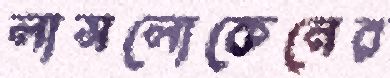
লাসলোকেনের